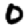
Digit: 0